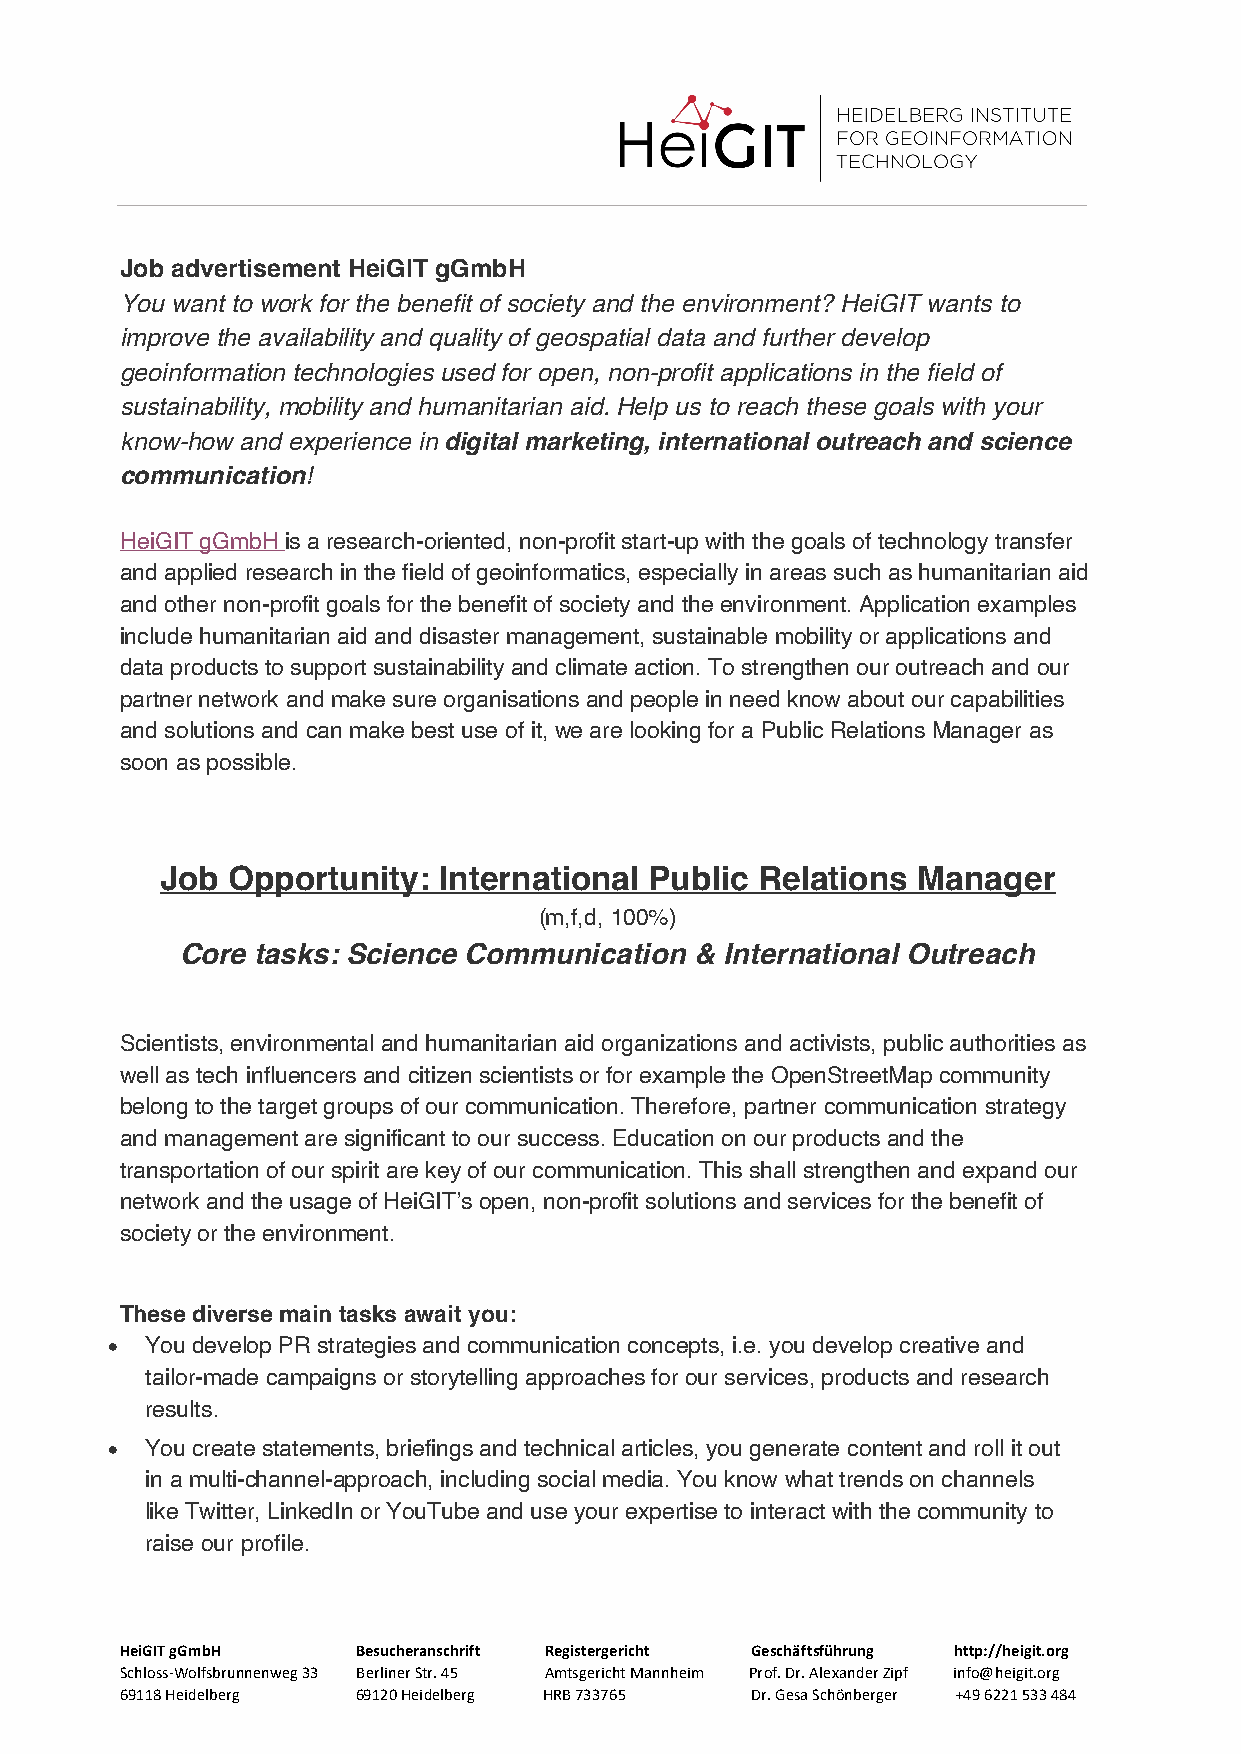
Job advertisement HeiGIT gGmbH
 You want to work for the benefit of society and the environment? HeiGIT wants to
 improve the availability and quality of geospatial data and further develop
 geoinformation technologies used for open, non-profit applications in the field of
 sustainability, mobility and humanitarian aid. Help us to reach these goals with your
 know-how and experience in digital marketing, international outreach and science
 communication!
 HeiGIT gGmbH is a research-oriented, non-profit start-up with the goals of technology transfer
 and applied research in the field of geoinformatics, especially in areas such as humanitarian aid
 and other non-profit goals for the benefit of society and the environment. Application examples
 include humanitarian aid and disaster management, sustainable mobility or applications and
 data products to support sustainability and climate action. To strengthen our outreach and our
 partner network and make sure organisations and people in need know about our capabilities
 and solutions and can make best use of it, we are looking for a Public Relations Manager as
 soon as possible.
 Job Opportunity:  International Public Relations  Manager
 (m,f,d, 100%)
 Core tasks: Science Communication & International Outreach
 Scientists, environmental and humanitarian aid organizations and activists, public authorities as
 well as tech influencers and citizen scientists or for example the OpenStreetMap community
 belong to the target groups of our communication. Therefore, partner communication strategy
 and management are significant to our success. Education on our products and the
 transportation of our spirit are key of our communication. This shall strengthen and expand our
 network and the usage of HeiGIT’s open, non-profit solutions and services for the benefit of
 society or the environment.
 These diverse main tasks await you:
 •  You develop PR strategies and communication concepts, i.e. you develop creative and
 tailor-made campaigns or storytelling approaches for our services, products and research
 results.
 •  You create statements, briefings and technical articles, you generate content and roll it out
 in a multi-channel-approach, including social media. You know what trends on channels
 like Twitter, LinkedIn or YouTube and use your expertise to interact with the community to
 raise our profile.
 HeiGIT gGmbH    Besucheranschrift Registergericht Geschäftsführung http://heigit.org
 Schloss-Wolfsbrunnenweg 33 Berliner Str. 45 Amtsgericht Mannheim Prof. Dr. Alexander Zipf info@heigit.org
 69118 Heidelberg 69120 Heidelberg HRB 733765 Dr. Gesa Schönberger +49 6221 533 484